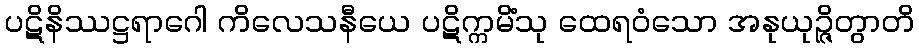
ပဋိနိဿဋ္ဌရာဂေါ ကိလေသနီယေ ပဋိက္ကမိံသု ထေရဝံသော အနုယုဉ္ဇိတွာတိ